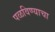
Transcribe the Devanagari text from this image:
पळविण्याचा